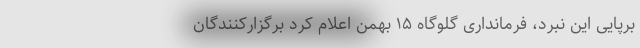
برپایی این نبرد، فرمانداری گلوگاه ۱۵ بهمن اعلام کرد برگزارکنندگان